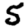
Digit: 5